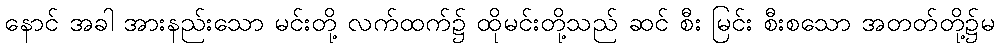
နောင် အခါ အားနည်းသော မင်းတို့ လက်ထက်၌ ထိုမင်းတို့သည် ဆင် စီး မြင်း စီးစသော အတတ်တို့၌မ